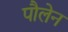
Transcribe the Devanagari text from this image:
पौलेन